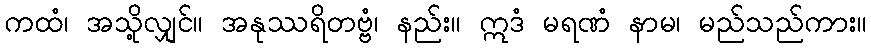
ကထံ၊ အသို့လျှင်။ အနုဿရိတဗ္ဗံ၊ နည်း။ ဣဒံ မရဏံ နာမ၊ မည်သည်ကား။